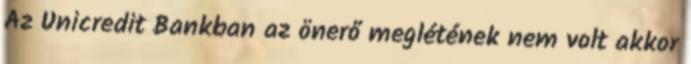
Az Unicredit Bankban az önerő meglétének nem volt akkor